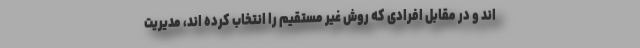
اند و در مقابل افرادی که روش غیر مستقیم را انتخاب کرده اند، مدیریت